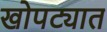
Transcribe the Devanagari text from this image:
खोपट्यात